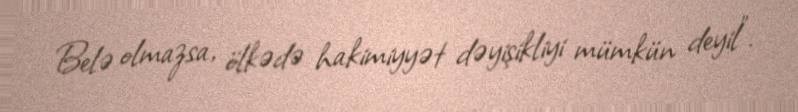
Belə olmazsa, ölkədə hakimiyyət dəyişikliyi mümkün deyil”.